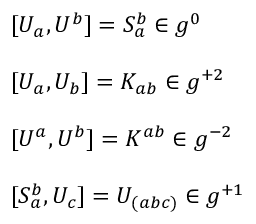
\begin{array} { l } { { { [ } U _ { a } , U ^ { b } { ] } = S _ { a } ^ { b } \in g ^ { 0 } } } \\ { { \ } } \\ { { { [ } U _ { a } , U _ { b } { ] } = K _ { a b } \in g ^ { + 2 } } } \\ { { \ } } \\ { { { [ } U ^ { a } , U ^ { b } { ] } = K ^ { a b } \in g ^ { - 2 } } } \\ { { \ } } \\ { { { [ } S _ { a } ^ { b } , U _ { c } { ] } = U _ { ( a b c ) } \in g ^ { + 1 } } } \end{array}